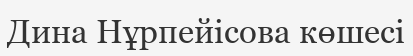
Дина Нұрпейісова көшесі